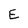
Character: E